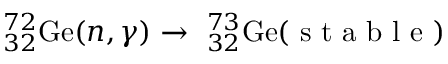
^ { 7 2 } _ { 3 2 } \mathrm { G e } ( n , \gamma ) \rightarrow \ _ { 3 2 } ^ { 7 3 } \mathrm { G e } ( \mathrm { ~ s ~ t ~ a ~ b ~ l ~ e ~ } )